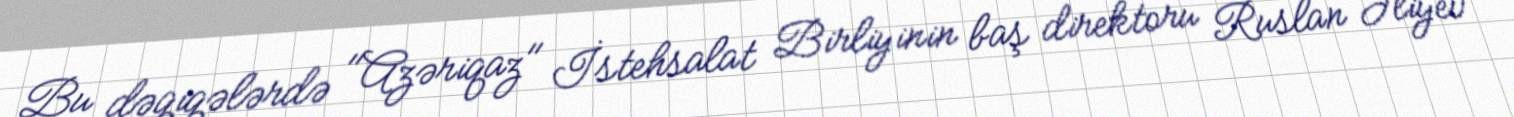
Bu dəqiqələrdə "Azəriqaz" İstehsalat Birliyinin baş direktoru Ruslan Əliyev